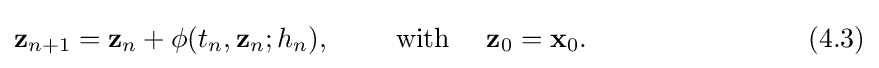
\mathbf {z} _{n+1}=\mathbf {z} _{n}+\mathbf {\phi } (t_{n},\mathbf {z} _{n};h_{n}),\qquad {\text{ with }}\quad \mathbf {z} _{0}=\mathbf {x} _{0}.\qquad \qquad \qquad \qquad (4.3)